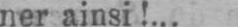
ner ainsi!...